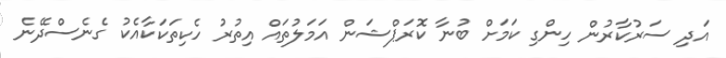
އަދި ސަރުކާރުން ހިންގި ކަމަށް ބުނާ ކޮރަޕްޝަން އަމަލުތައް އިތުރު ހެކިތަކަކާއެކު ގެނެސްދޭނެ